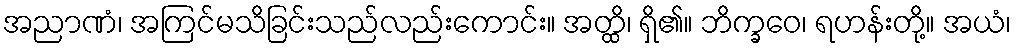
အညာဏံ၊ အကြင်မသိခြင်းသည်လည်းကောင်း။ အတ္ထိ၊ ရှိ၏။ ဘိက္ခဝေ၊ ရဟန်းတို့။ အယံ၊